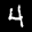
Label: 4